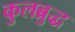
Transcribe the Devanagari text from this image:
कुलब्रुद्ध